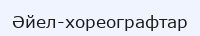
Әйел-хореографтар